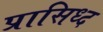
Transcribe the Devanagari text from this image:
प्रासिध्द